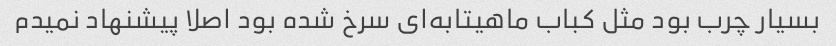
بسیار چرب بود مثل کباب ماهیتابه‌ای سرخ شده بود اصلا پیشنهاد نمیدم